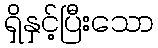
ရှိနှင့်ပြီးသော